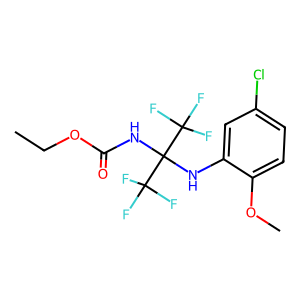
SMILES: CCOC(=O)NC(Nc1cc(Cl)ccc1OC)(C(F)(F)F)C(F)(F)F
Inhibits HIV replication: No